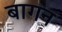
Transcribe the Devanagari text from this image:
बागन